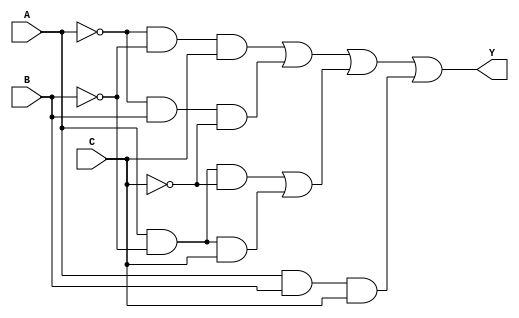
module combinational_logic_block (
    input wire A,  // Input variable A
    input wire B,  // Input variable B
    input wire C,  // Input variable C
    output wire Y  // Output of the Boolean function
);

// Internal signals for the essential prime implicants
wire p1, p2, p3;

// Define the essential prime implicants
// Example EPIs based on the minterms (1, 2, 5, 6, 7)
// p1 = A'B'C + A'BC' (covers minterms 1, 2)
// p2 = AB'C' + AB'C (covers minterms 5, 6)
// p3 = ABC (covers minterm 7)

// Implementing the EPIs using logic gates
assign p1 = (~A & ~B & C) | (~A & B & ~C); // Covers minterms 1 and 2
assign p2 = (A & ~B & ~C) | (A & ~B & C); // Covers minterms 5 and 6
assign p3 = (A & B & C);                  // Covers minterm 7

// Final output Y is the OR of all essential prime implicants
assign Y = p1 | p2 | p3;

endmodule